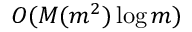
O ( M ( m ^ { 2 } ) \log m )